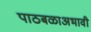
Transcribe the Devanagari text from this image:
पाठबळाअभावी